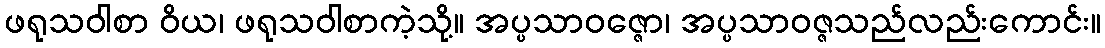
ဖရုသဝါစာ ဝိယ၊ ဖရုသဝါစာကဲ့သို့။ အပ္ပသာဝဇ္ဇော၊ အပ္ပသာဝဇ္ဇသည်လည်းကောင်း။